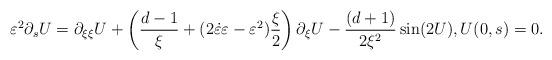
LaTeX: \begin{align*}\varepsilon^{2}\partial_{s}U=\partial_{\xi\xi}U+\left(\frac{d-1}{\xi}+(2\dot\varepsilon\varepsilon-\varepsilon^{2})\frac{\xi}{2}\right)\partial_{\xi}U-\frac{(d+1)}{2\xi^{2}}\sin(2U),U(0,s)=0.\end{align*}